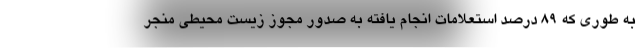
به طوری که 89 درصد استعلامات انجام یافته به صدور مجوز زیست محیطی منجر